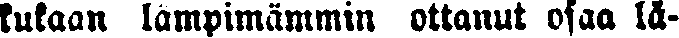
kukaan lämpimämmin ottanut osaa lä-